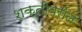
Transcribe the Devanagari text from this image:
शक्तीवरील